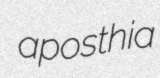
aposthia